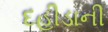
દહીડાની